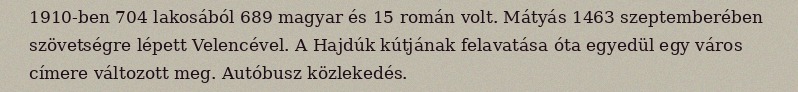
1910-ben 704 lakosából 689 magyar és 15 román volt. Mátyás 1463 szeptemberében szövetségre lépett Velencével. A Hajdúk kútjának felavatása óta egyedül egy város címere változott meg. Autóbusz közlekedés.